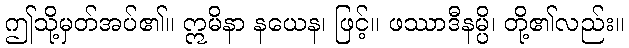
ဤသို့မှတ်အပ်၏။ ဣမိနာ နယေန၊ ဖြင့်။ ဖဿာဒီနမ္ပိ၊ တို့၏လည်း။